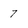
Character: 7